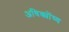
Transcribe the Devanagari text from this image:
अधिक्योंष्य